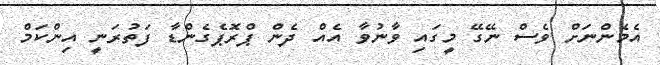
އެމެންނަށް ވެސް ނޭގޭ މީގައި ވާނުވާ އެއް ދެން ޕްރޮޕެގެންޑާ ފަތުރަނީ އިންކަމް